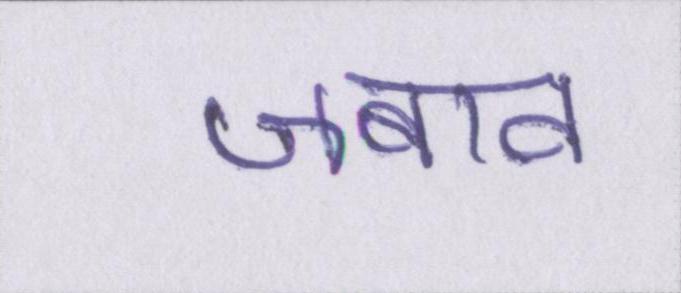
जबाव